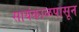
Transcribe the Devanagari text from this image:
सायंकाळपासून